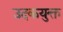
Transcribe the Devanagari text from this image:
उदकयुक्त